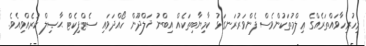
މިހުރިހާވައްތަރެއްގެ ޢިލްމުތަކުންވެސް ފެންވަރުރަނގަޅު ކާމިޔާބިތަކެއް އިބްނު ޚަލްދޫން ހޯއްދަވައި ސެޓްފިކެޓް ޙާޞިލް ކުރެއްވިއެވެ.